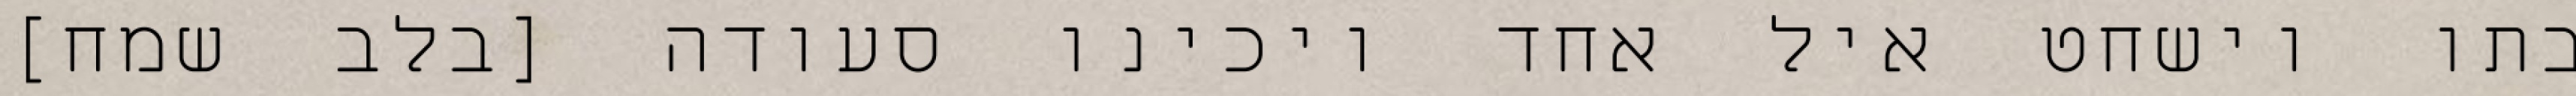
בתו וישחט איל אחד ויכינו סעודה [בלב שמח]